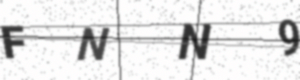
Text: FNN9